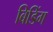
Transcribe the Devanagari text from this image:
बिडिंग